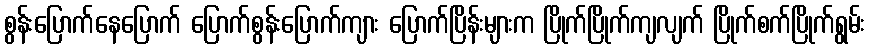
စွန်းပြောက်နေပြောက် ပြောက်စွန်းပြောက်ကျား ပြောက်ပြိန်းများက ပြိုက်ပြိုက်ကျလျက် ပြိုက်စက်ပြိုက်ရွမ်း